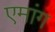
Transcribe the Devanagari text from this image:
एमांग